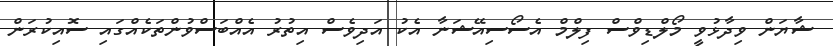
ޝާޔަން ވިދާޅުވީ މޯލްޑިވްސް ފިލްމް އެސޯސިއޭޝަނާ އެކު އަދިވެސް އިތުރު އެއްބަސްވުންތަކެއްގައި ސޮއިކުރަން